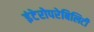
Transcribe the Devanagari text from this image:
इंटेरोपरेबिलिटी